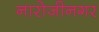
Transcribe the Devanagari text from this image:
नारोजीनगर